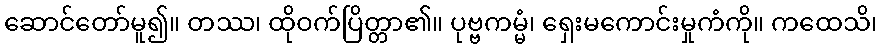
ဆောင်တော်မူ၍။ တဿ၊ ထိုဝက်ပြိတ္တာ၏။ ပုဗ္ဗကမ္မံ၊ ရှေးမကောင်းမှုကံကို။ ကထေသိ၊